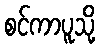
စင်ကာပူသို့